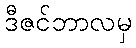
ဒီဇင်ဘာလမှ